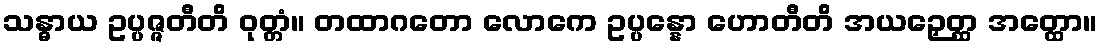
သန္ဓာယ ဥပ္ပဇ္ဇတီတိ ဝုတ္တံ။ တထာဂတော လောကေ ဥပ္ပန္နော ဟောတီတိ အယဉှေတ္ထ အတ္ထော။